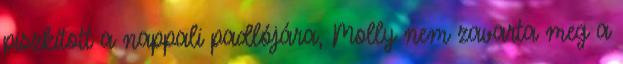
piszkított a nappali padlójára, Molly nem zavarta meg a